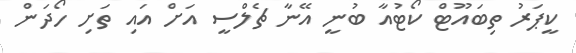
ކީޕަރު ތިބައޫޓް ކޯޓުއާ ބުނީ އޭނާ ޗެލްސީ އަށް އައި ތަށި ހޯދަން